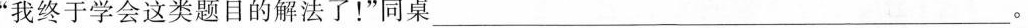
”我终于学会这类题目的解法了！”同桌 ___。